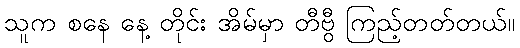
သူက စနေ နေ့ တိုင်း အိမ်မှာ တီဗွီ ကြည့်တတ်တယ်။